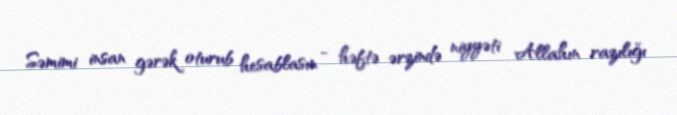
Səmimi insan gərək oturub hesablasın - həftə ərzində niyyəti Allahın razılığı